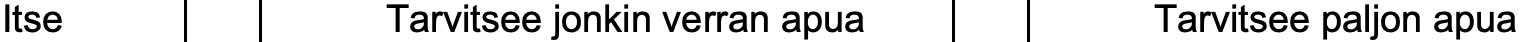
Itse         Tarvitsee jonkin verran apua Tarvitsee paljon apua